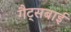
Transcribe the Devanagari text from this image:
गैट्सबाई